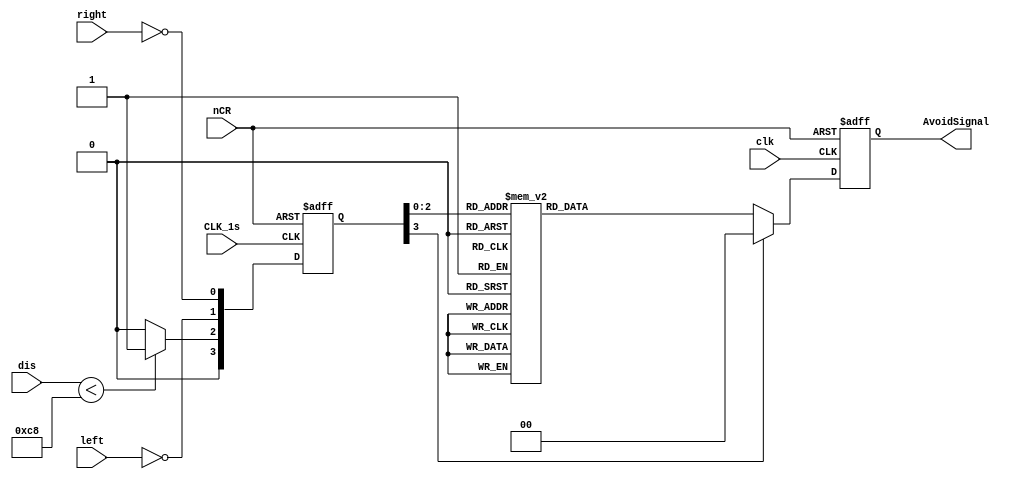
`timescale 1ns / 1ps
//////////////////////////////////////////////////////////////////////////////////
// Company: 
// Engineer: 
// 
// Design Name: 
// Module Name:    AvoidGoing 
// Project Name: 
// Target Devices: 
// Tool versions: 
// Description: 
//
// Dependencies: 
//
// Revision: 
// Revision 0.01 - File Created
// Additional Comments: 
//
//////////////////////////////////////////////////////////////////////////////////
module AvoidGoing(
	 input clk,
    input CLK_1s,
    input nCR,

    input left,
    input right,
    input [19:0]dis,

    output reg [1:0] AvoidSignal
    );

	 reg [3:0] env;
	 wire stright;

	 parameter isBlock = 20'd200;

	 assign stright = dis[19:0] < isBlock ? 1'b1 : 1'b0;//dis less than isBlock -> 1

	 assign testLight = env;

always @(posedge CLK_1s or negedge nCR)begin
	 if(~nCR)begin
	 env <= 3'b000;
    end
	 else begin
	 env <= {stright,~left,~right};
	 end
end

always @(posedge clk or negedge nCR)begin
    if(~nCR)begin
		 AvoidSignal <= 2'b00;
    end
    else begin
    case (env)
        3'b000: begin//stright
            AvoidSignal <= 2'b00;
        end
        3'b001: begin//stright
            AvoidSignal <= 2'b00;
        end
        3'b010: begin//stright
            AvoidSignal <= 2'b00;
        end
        3'b011: begin//stright
            AvoidSignal <= 2'b00;
        end
        3'b100: begin//left
           AvoidSignal <= 2'b10;
        end
        3'b101: begin//left
            AvoidSignal <= 2'b10;
        end
        3'b110: begin//right
            AvoidSignal <= 2'b01;
        end
        3'b111: begin//back
            AvoidSignal <= 2'b11;
        end
		  default:begin
				AvoidSignal <= 2'b00;		  
		  end
    endcase
    end
end

endmodule